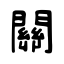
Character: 關